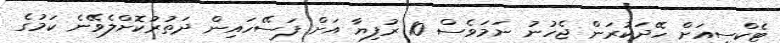
ޓެކްސީއަށް ހޭދަކުރަން ޖެހުނު ނަމަވެސް 10 ރުފިޔާ އަށް ފަސޭހައިން ދަތުރުކޮށްލެވޭނެ ކަމުގެ